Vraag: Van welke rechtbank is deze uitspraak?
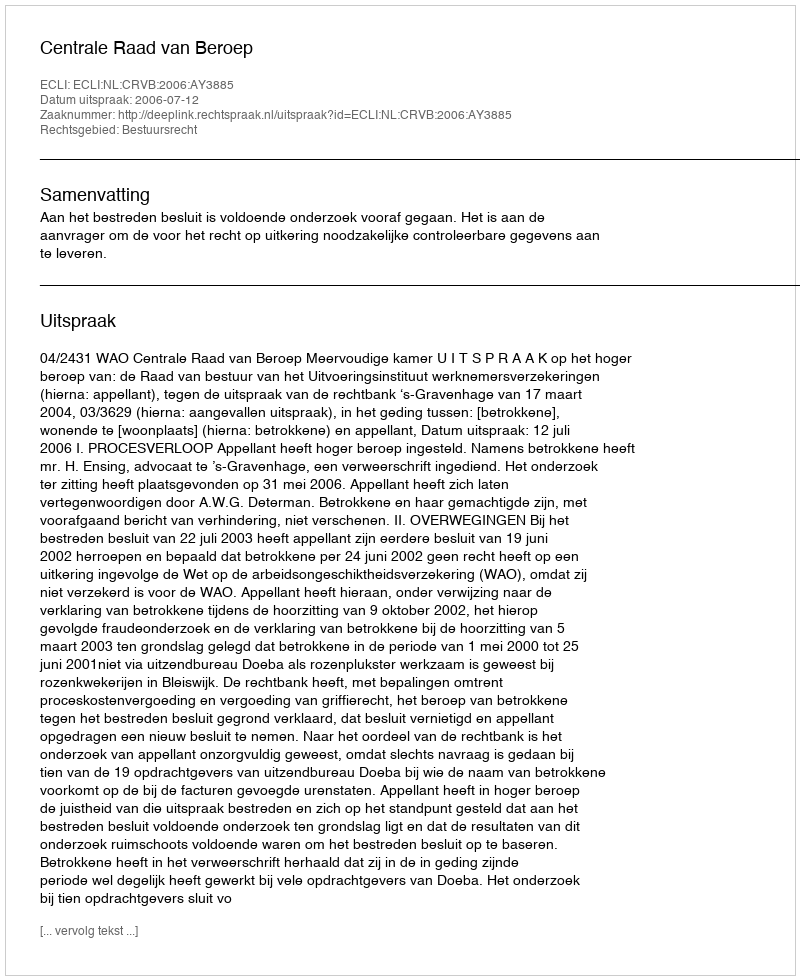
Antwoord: Centrale Raad van Beroep